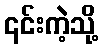
၎င်းကဲ့သို့